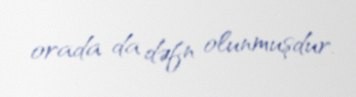
orada da dəfn olunmuşdur.